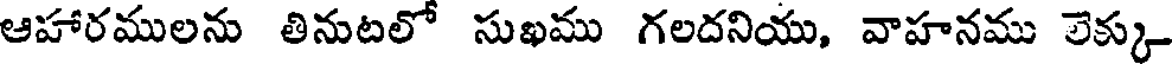
ఆహారములను తినుటలో సుఖము గలదనియు, వాహనము లెక్కు